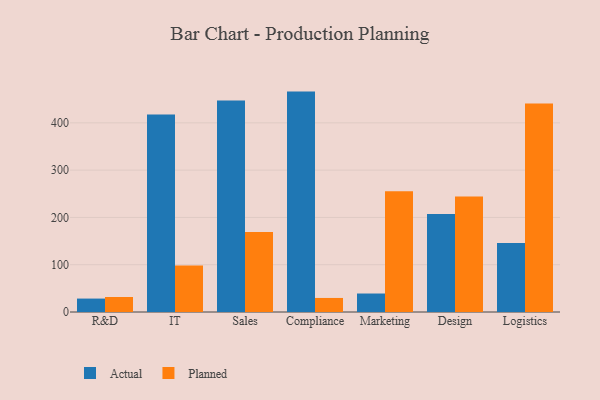
{"axis": {"x": "Department", "y": "Active Users"}, "legend": ["Actual", "Planned"], "data": [{"x": "R&D", "y": 28.4, "type": "Actual"}, {"x": "R&D", "y": 31.7, "type": "Planned"}, {"x": "IT", "y": 417.5, "type": "Actual"}, {"x": "IT", "y": 98.2, "type": "Planned"}, {"x": "Sales", "y": 447.2, "type": "Actual"}, {"x": "Sales", "y": 169.1, "type": "Planned"}, {"x": "Compliance", "y": 466.1, "type": "Actual"}, {"x": "Compliance", "y": 29.7, "type": "Planned"}, {"x": "Marketing", "y": 39.1, "type": "Actual"}, {"x": "Marketing", "y": 255.3, "type": "Planned"}, {"x": "Design", "y": 207.5, "type": "Actual"}, {"x": "Design", "y": 244.0, "type": "Planned"}, {"x": "Logistics", "y": 146.1, "type": "Actual"}, {"x": "Logistics", "y": 441.0, "type": "Planned"}]}